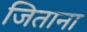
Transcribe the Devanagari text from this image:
जिताना